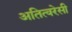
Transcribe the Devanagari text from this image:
अतित्वरेसी